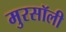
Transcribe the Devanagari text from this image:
मुरसॉली